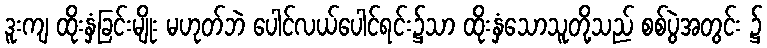
ဒူးကျ ထိုးနှံခြင်းမျိုး မဟုတ်ဘဲ ပေါင်လယ်ပေါင်ရင်း၌သာ ထိုးနှံသောသူတို့သည် စစ်ပွဲအတွင်း ၌